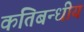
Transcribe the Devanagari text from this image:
कतिबन्धीय